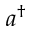
a ^ { \dag }